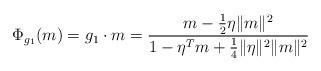
LaTeX: \begin{align*}\Phi_{g_1}(m) = g_1\cdot m = \frac{m-\frac12\eta \|m\|^2}{1-\eta^Tm+\frac14 \|\eta\|^2\|m\|^2}\end{align*}